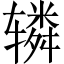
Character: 辚